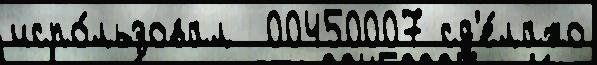
испо́льзовал  00450007 сд'е́лано